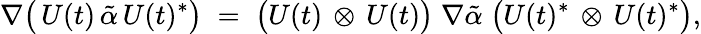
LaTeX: \nabla\bigl(\, U(t)\, \tilde{\alpha}\, U(t)^{*}\bigr)\; =\; \bigl(U(t)\, \otimes\, U(t)\bigr)\; \nabla\tilde{\alpha}\; \bigl(U(t)^{*}\, \otimes\, U(t)^{*}\bigr),